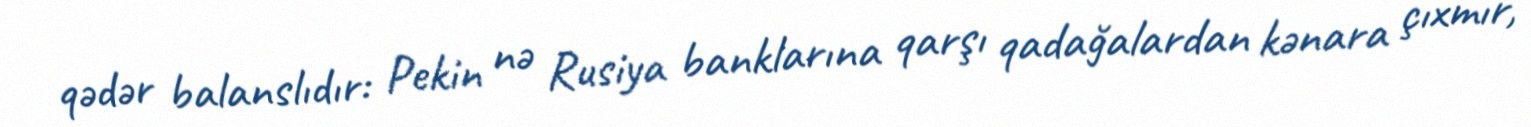
qədər balanslıdır: Pekin nə Rusiya banklarına qarşı qadağalardan kənara çıxmır,